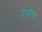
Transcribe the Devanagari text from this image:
उप्योह